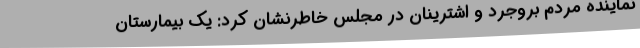
نماینده مردم بروجرد و اشترینان در مجلس خاطرنشان کرد: یک بیمارستان